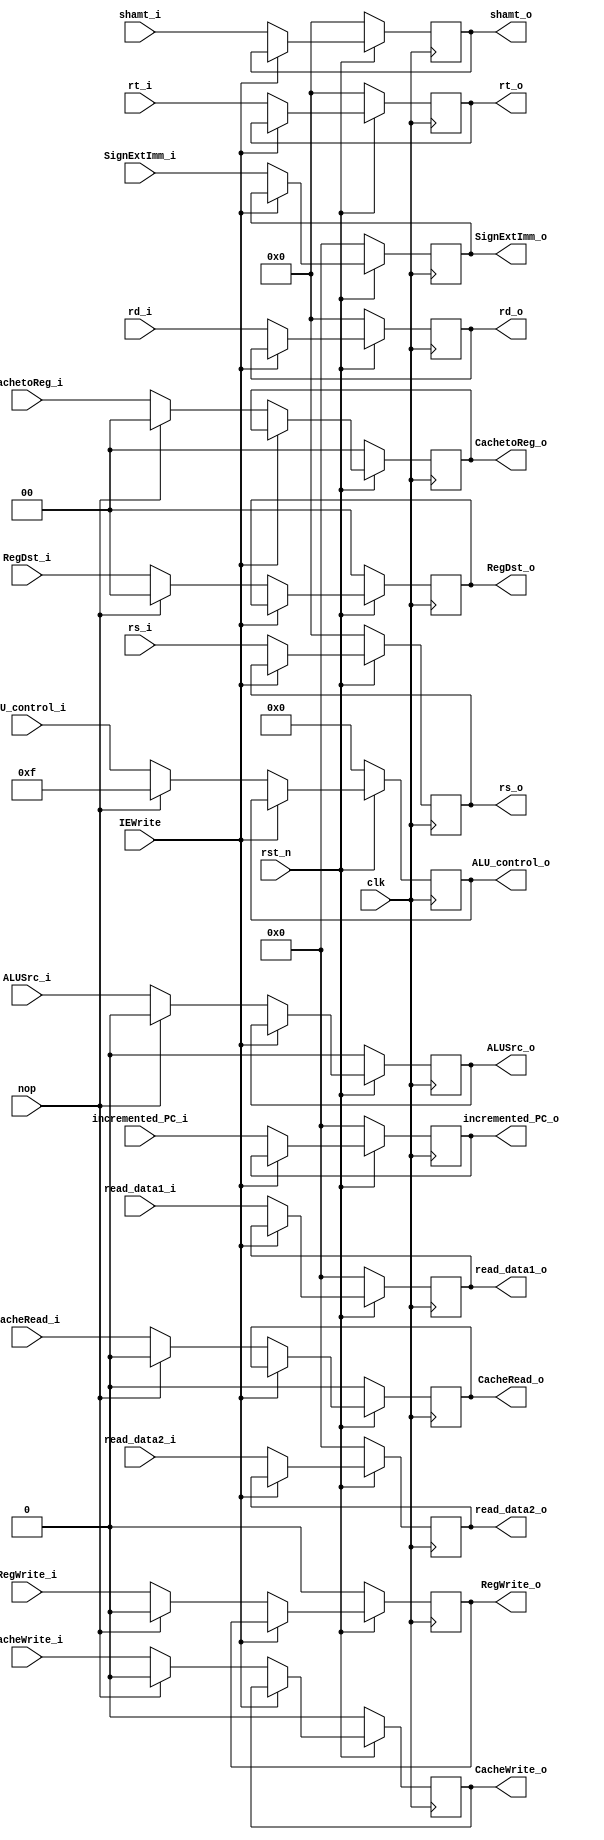
module ID_EX (
	input   	  clk,     // Clock
	input   	  rst_n,   // Asynchronous reset active low
	input		  nop,	   // flush when load-use data hazard
	input 		  IEWrite, // cache stall
	/*control inputs*/
	input   [1:0] RegDst_i,
	input   [1:0] CachetoReg_i,
	input   [3:0] ALU_control_i,
	input   	  CacheRead_i,
	input   	  CacheWrite_i,
	input   	  ALUSrc_i,
	input   	  RegWrite_i,
	/*data inputs*/
	input  [31:0] read_data1_i, //$rs
	input  [31:0] read_data2_i, //$rt
	input  [31:0] SignExtImm_i,
	input  [31:0] incremented_PC_i, //PC+4
	input	[4:0] rs_i, //instruction[25:21]
	input   [4:0] rt_i, //instruction[20:16]
	input   [4:0] rd_i, //instruction[15:11]
	input   [4:0] shamt_i, //instruction[10:6]
	/*control outputs*/
	output reg  [1:0] RegDst_o,
	output reg  [1:0] CachetoReg_o,
	output reg  [3:0] ALU_control_o,
	output reg 	  CacheRead_o,
	output reg 	  CacheWrite_o,
	output reg 	  ALUSrc_o,
	output reg 	  RegWrite_o,
	/*data outputs*/
	output reg [31:0] read_data1_o,
	output reg [31:0] read_data2_o,
	output reg [31:0] SignExtImm_o,
	output reg [31:0] incremented_PC_o,
	output reg  [4:0] rs_o,
	output reg  [4:0] rt_o,
	output reg  [4:0] rd_o,
	output reg  [4:0] shamt_o
);

always @(posedge clk) begin
	if(~rst_n) begin
		RegDst_o 		 <= 2'b0;
		CachetoReg_o 	 <= 2'b0;
		ALU_control_o 	 <= 4'b0;
		CacheRead_o		 <= 1'b0;
		CacheWrite_o 	 <= 1'b0;
		ALUSrc_o 		 <= 1'b0;
		RegWrite_o 		 <= 1'b0;

		rs_o 			 <= 5'b0;
		rt_o 			 <= 5'b0;
		rd_o 			 <= 5'b0;
		shamt_o          <= 5'd0;
		read_data1_o 	 <= 32'b0;
		read_data2_o 	 <= 32'b0;
		SignExtImm_o 	 <= 32'b0;
		incremented_PC_o <= 32'd0;
	end else if (IEWrite) begin
		RegDst_o 	  	 <= RegDst_o;
		CachetoReg_o  	 <= CachetoReg_o;
		ALU_control_o 	 <= ALU_control_o;
		CacheRead_o	  	 <= CacheRead_o;
		CacheWrite_o  	 <= CacheWrite_o;
		ALUSrc_o 	  	 <= ALUSrc_o;
		RegWrite_o 	  	 <= RegWrite_o;

		rs_o 			 <= rs_o;
		rt_o 			 <= rt_o;
		rd_o 			 <= rd_o;
		shamt_o          <= shamt_o;
		incremented_PC_o <= incremented_PC_o;
		read_data1_o 	 <= read_data1_o;
		read_data2_o 	 <= read_data2_o;
		SignExtImm_o 	 <= SignExtImm_o;
	end else begin
		rs_o 			 <= rs_i;
		rt_o 			 <= rt_i;
		rd_o 			 <= rd_i;
		shamt_o          <= shamt_i;
		incremented_PC_o <= incremented_PC_i;
		read_data1_o 	 <= read_data1_i;
		read_data2_o 	 <= read_data2_i;
		SignExtImm_o 	 <= SignExtImm_i;

		if (nop) begin //NOP: change control fields of ID/EX to 0
			RegDst_o 	  <= 2'b00;
			CachetoReg_o  <= 2'b00;
			ALU_control_o <= 4'b1111;
			CacheRead_o	  <= 1'b0;
			CacheWrite_o  <= 1'b0;
			ALUSrc_o 	  <= 1'b0;
			RegWrite_o 	  <= 1'b0;
		end else begin
			RegDst_o 	  <= RegDst_i;
			CachetoReg_o  <= CachetoReg_i;
			ALU_control_o <= ALU_control_i;
			CacheRead_o	  <= CacheRead_i;
			CacheWrite_o  <= CacheWrite_i;
			ALUSrc_o 	  <= ALUSrc_i;
			RegWrite_o 	  <= RegWrite_i;
		end
	end
end

endmodule